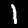
Label: 1